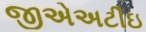
જીએઅટીઇ